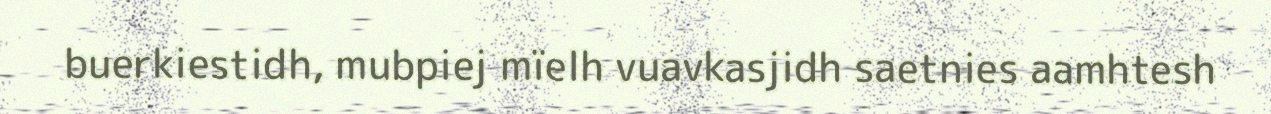
buerkiestidh, mubpiej mïelh vuavkasjidh saetnies aamhtesh